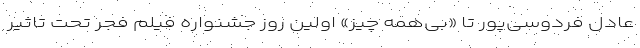
عادل فردوسی‌پور تا «بی‌همه چیز» اولین روز جشنواره فیلم فجر تحت تاثیر